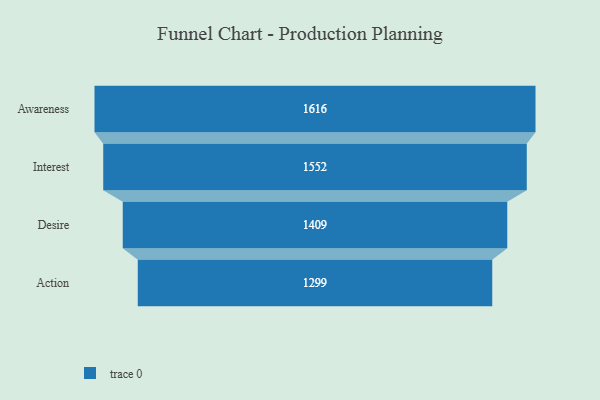
{"axis": {"x": "Stage", "y": "Value"}, "legend": [""], "data": [{"x": "Awareness", "y": 1616.0, "type": ""}, {"x": "Interest", "y": 1552.0, "type": ""}, {"x": "Desire", "y": 1409.0, "type": ""}, {"x": "Action", "y": 1299.0, "type": ""}]}